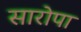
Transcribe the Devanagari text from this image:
सारोपा